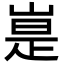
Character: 𪩃